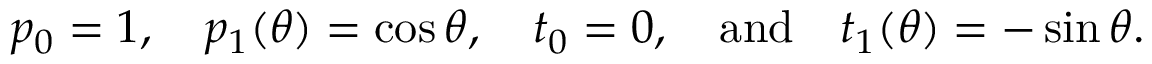
p _ { 0 } = 1 , \quad p _ { 1 } ( \theta ) = \cos \theta , \quad t _ { 0 } = 0 , \quad \mathrm { a n d } \quad t _ { 1 } ( \theta ) = - \sin \theta .